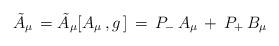
LaTeX: \begin{align*}{\tilde A}_\mu \,= {\tilde A}_\mu [ A_\mu\,,g\,]\,= \, P_-\,A_\mu \,+\, P_+ \,B_\mu\end{align*}